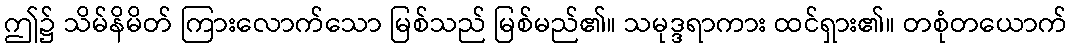
ဤ၌ သိမ်နိမိတ် ကြားလောက်သော မြစ်သည် မြစ်မည်၏။ သမုဒ္ဒရာကား ထင်ရှား၏။ တစုံတယောက်